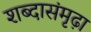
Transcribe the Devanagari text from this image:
शब्दासंमृढ़ा